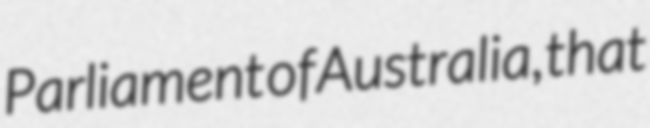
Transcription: Parliament of Australia, that